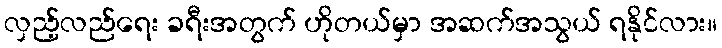
လှည့်လည်ရေး ခရီးအတွက် ဟိုတယ်မှာ အဆက်အသွယ် ရနိုင်လား။